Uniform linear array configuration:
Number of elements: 12
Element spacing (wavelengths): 0.25
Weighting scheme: cosine
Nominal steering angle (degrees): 0
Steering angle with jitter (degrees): -1.921
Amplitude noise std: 0.05
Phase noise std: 0.05

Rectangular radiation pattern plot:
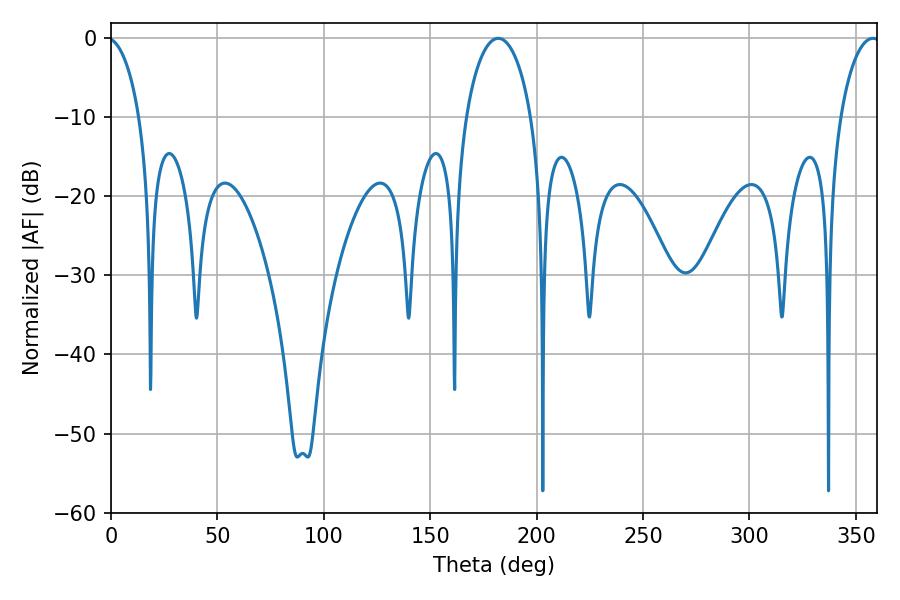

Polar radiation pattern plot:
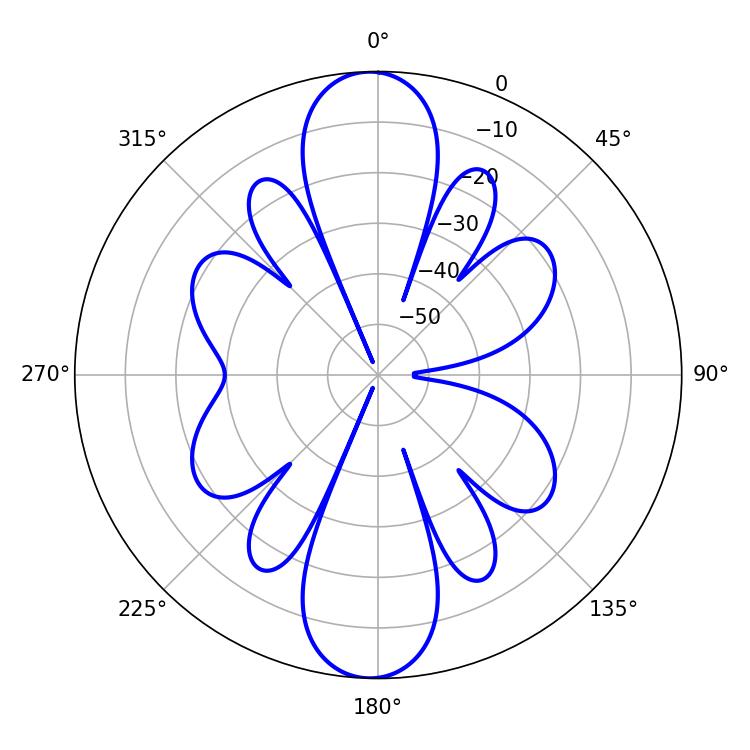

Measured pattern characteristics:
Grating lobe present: FALSE
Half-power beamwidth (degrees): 17.64
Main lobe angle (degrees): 181.98